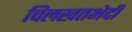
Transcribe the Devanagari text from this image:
चिलखतभेदी